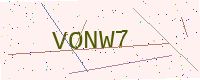
Text: VONW7